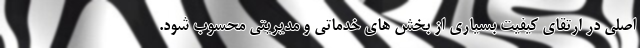
اصلی در ارتقای کیفیت بسیاری از بخش های خدماتی و مدیریتی محسوب شود.